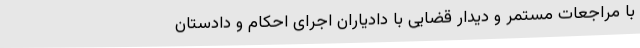
با مراجعات مستمر و دیدار قضایی با دادیاران اجرای احکام و دادستان